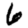
Digit: 6